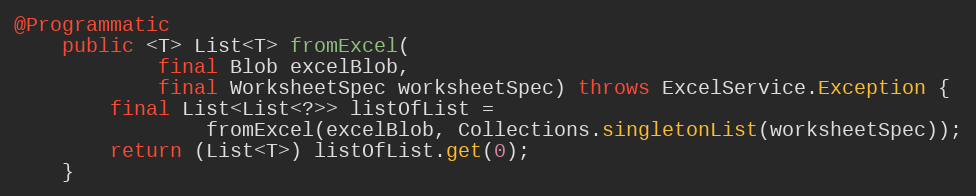
Language: Java
@Programmatic
    public <T> List<T> fromExcel(
            final Blob excelBlob,
            final WorksheetSpec worksheetSpec) throws ExcelService.Exception {
        final List<List<?>> listOfList =
                fromExcel(excelBlob, Collections.singletonList(worksheetSpec));
        return (List<T>) listOfList.get(0);
    }